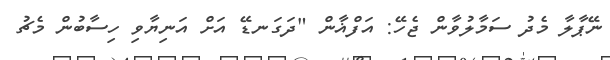
ނޭޕާލާ މެދު ސަމާލުވާން ޖެހޭ: އަފްޣާން "ދަގަނޑޭ އަށް އަނިޔާވި ހިސާބުން މެޗު